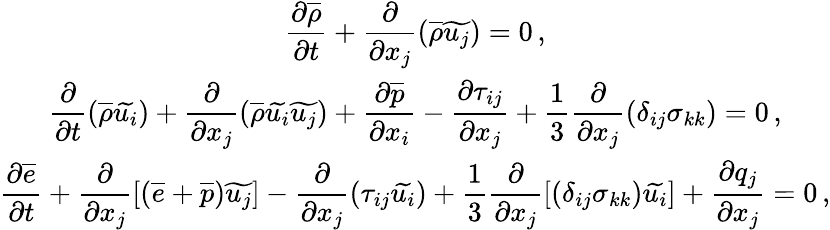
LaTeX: \begin{array}{c}{\displaystyle\frac{\partial\overline{{\rho}}}{\partial t}+\frac{\partial}{\partial x_{j}}\left(\overline{{\rho}}\widetilde{u_{j}}\right)=0\, \mathrm{,}}\\ {\displaystyle\frac{\partial}{\partial t}\left(\overline{{\rho}}\widetilde{u_{i}}\right)+\frac{\partial}{\partial x_{j}}\left(\overline{{\rho}}\widetilde{u_{i}}\widetilde{u_{j}}\right)+\frac{\partial\overline{{p}}}{\partial x_{i}}-\frac{\partial{\tau}_{ij}}{\partial x_{j}}+\frac{1}{3}\frac{\partial}{\partial x_{j}}\left({\delta}_{ij}\sigma_{kk}\right)=0\, \mathrm{,}}\\ {\displaystyle\frac{\partial\overline{{e}}}{\partial t}+\frac{\partial}{\partial x_{j}}\left[\left(\overline{{e}}+\overline{{p}}\right)\widetilde{u_{j}}\right]-\frac{\partial}{\partial x_{j}}\left({\tau}_{ij}\widetilde{u_{i}}\right)+\frac{1}{3}\frac{\partial}{\partial x_{j}}\left[\left(\delta_{ij}{\sigma}_{kk}\right)\widetilde{u_{i}}\right]+\frac{\partial{q}_{j}}{\partial x_{j}}=0\, \mathrm{,}}\end{array}